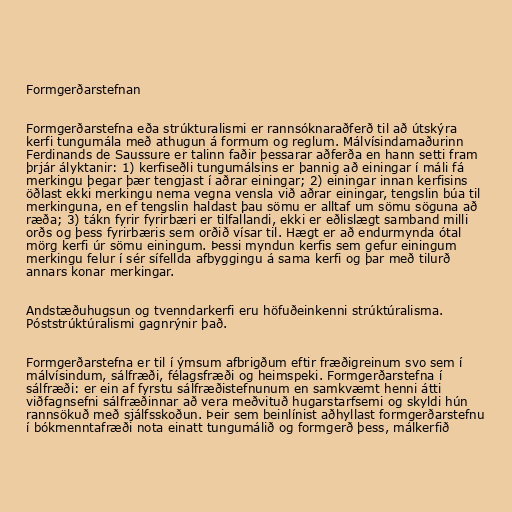
Formgerðarstefnan

Formgerðarstefna eða strúkturalismi er rannsóknaraðferð til að útskýra
kerfi tungumála með athugun á formum og reglum. Málvísindamaðurinn
Ferdinands de Saussure er talinn faðir þessarar aðferða en hann setti fram
þrjár ályktanir: 1) kerfiseðli tungumálsins er þannig að einingar í máli fá
merkingu þegar þær tengjast í aðrar einingar; 2) einingar innan kerfisins
öðlast ekki merkingu nema vegna vensla við aðrar einingar, tengslin búa til
merkinguna, en ef tengslin haldast þau sömu er alltaf um sömu söguna að
ræða; 3) tákn fyrir fyrirbæri er tilfallandi, ekki er eðlislægt samband milli
orðs og þess fyrirbæris sem orðið vísar til. Hægt er að endurmynda ótal
mörg kerfi úr sömu einingum. Þessi myndun kerfis sem gefur einingum
merkingu felur í sér sífellda afbyggingu á sama kerfi og þar með tilurð
annars konar merkingar.

Andstæðuhugsun og tvenndarkerfi eru höfuðeinkenni strúktúralisma.
Póststrúktúralismi gagnrýnir það.

Formgerðarstefna er til í ýmsum afbrigðum eftir fræðigreinum svo sem í
málvísindum, sálfræði, félagsfræði og heimspeki. Formgerðarstefna í
sálfræði: er ein af fyrstu sálfræðistefnunum en samkvæmt henni átti
viðfagnsefni sálfræðinnar að vera meðvituð hugarstarfsemi og skyldi hún
rannsökuð með sjálfsskoðun. Þeir sem beinlínist aðhyllast formgerðarstefnu
í bókmenntafræði nota einatt tungumálið og formgerð þess, málkerfið